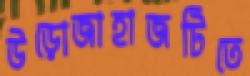
উড়োজাহাজটিতে